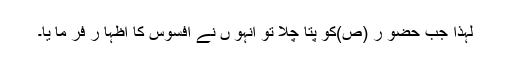
لہذا جب حضو ر (ص)کو پتا چلا تو انہو ں نے افسوس کا اظہا ر فر ما یا۔